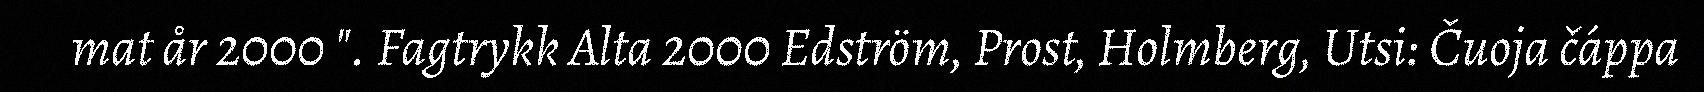
mat år 2000 ". Fagtrykk Alta 2000 Edström, Prost, Holmberg, Utsi: Čuoja čáppa